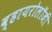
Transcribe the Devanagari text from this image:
व्हायरोलॉजी